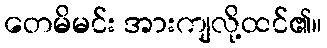
တေမိမင်း အားကျလို့ထင်၏။